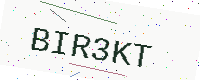
Text: BIR3KT